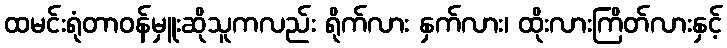
ထမင်းရုံတာဝန်မှူးဆိုသူကလည်း ရိုက်လား နှက်လား၊ ထိုးလားကြိတ်လားနှင့်